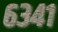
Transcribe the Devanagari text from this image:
६३४१